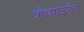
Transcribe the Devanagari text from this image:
शोषणकर्तेच